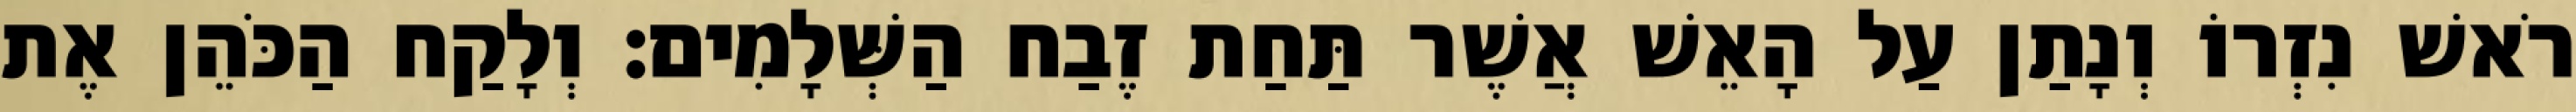
רֹאשׁ נִזְרוֹ וְנָתַן עַל הָאֵשׁ אֲשֶׁר תַּחַת זֶבַח הַשְּׁלָמִים׃ וְלָקַח הַכֹּהֵן אֶת